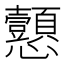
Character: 𢦁